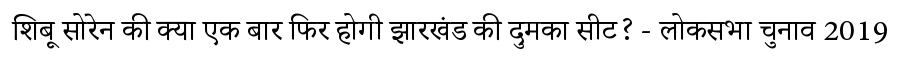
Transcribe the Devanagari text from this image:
शिबू सोरेन की क्या एक बार फिर होगी झारखंड की दुमका सीट? - लोकसभा चुनाव 2019